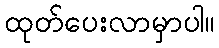
ထုတ်ပေးလာမှာပါ။